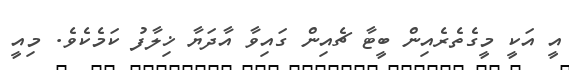
އީ އަކީ މީގެތެރެއިން ބީޓާ ޗެއިން ގައިވާ އާދަޔާ ޚިލާފު ކަމެކެވެ. މިއީ